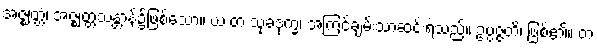
အဇ္ဈတ္တံ၊ အဇ္ဈတ္တသန္တာန်၌ဖြစ်သော။ ယံ တံ သုခဒုက္ခံ၊ အကြင်ချမ်းသာဆင်းရဲသည်။ ဥပ္ပဇ္ဇတိ၊ ဖြစ်၏။ တံ